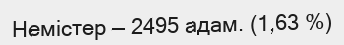
Немістер — 2495 адам. (1,63 %)